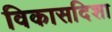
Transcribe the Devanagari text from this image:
विकासदिशा